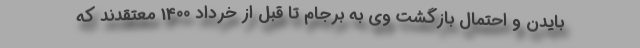
بایدن و احتمال بازگشت وی به برجام تا قبل از خرداد 1400 معتقدند که